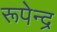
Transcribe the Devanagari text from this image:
रूपेन्द्र